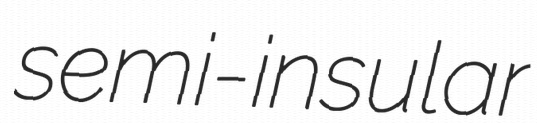
semi-insular